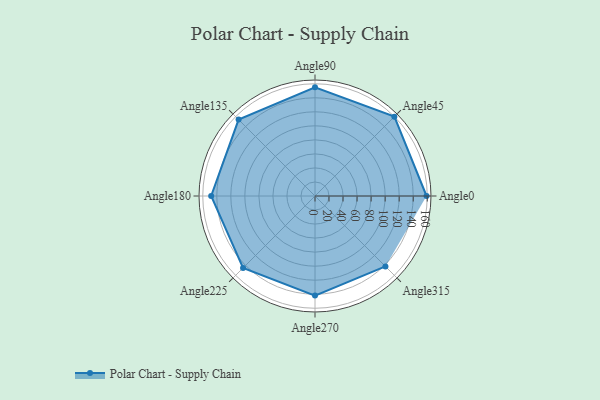
{"axis": {"x": "Angle", "y": "Radius"}, "legend": [""], "data": [{"x": "Angle0", "y": 159.0, "type": ""}, {"x": "Angle45", "y": 160.0, "type": ""}, {"x": "Angle90", "y": 155.0, "type": ""}, {"x": "Angle135", "y": 154.0, "type": ""}, {"x": "Angle180", "y": 148.0, "type": ""}, {"x": "Angle225", "y": 145.0, "type": ""}, {"x": "Angle270", "y": 142.0, "type": ""}, {"x": "Angle315", "y": 142.0, "type": ""}]}